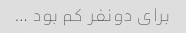
برای دونفر کم بود …